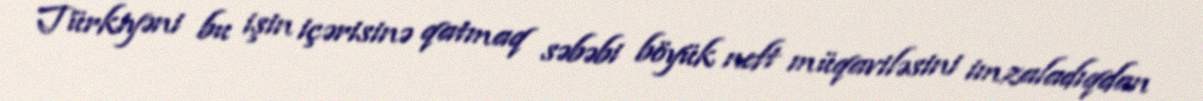
Türkiyəni bu işin içərisinə qatmaq səbəbi böyük neft müqaviləsini imzaladıqdan